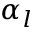
\alpha _ { l }